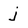
Character: j